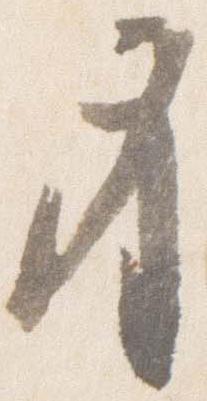
身